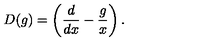
D ( g ) = \left( \frac { d } { d x } - \frac { g } { x } \right) .